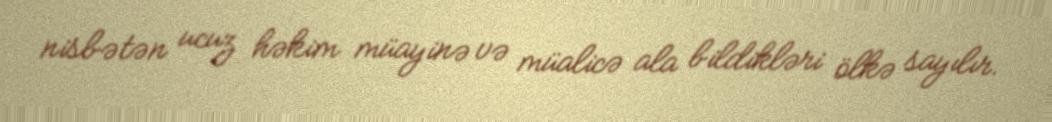
nisbətən ucuz həkim müayinə və müalicə ala bildikləri ölkə sayılır.